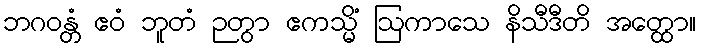
ဘဂဝန္တံ ဧဝံ ဘူတံ ဉတွာ ဧကသ္မိံ ဩကာသေ နိသီဒီတိ အတ္ထော။